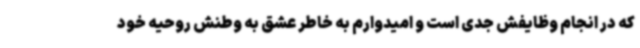
که در انجام وظایفش جدی است و امیدوارم به خاطر عشق به وطنش روحیه خود